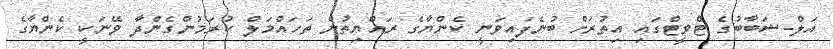
އަލް-ޝަބާބުގެ ޓްވީޓްގައި އިތުރަށް ބުނެފައިވަނީ ކެންޔާގެ ރައްޔިތުން ތަހައްމަލް ކުރަމުންގެންދާ ވޭނަކީ ކެންޔާގެ